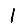
Digit: 1